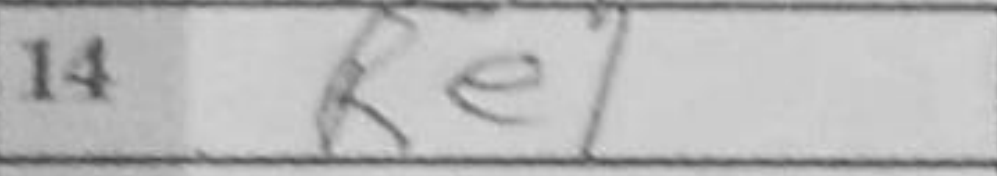
Transcription: Re1